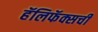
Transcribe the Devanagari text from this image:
हॅलिफॅक्सची